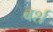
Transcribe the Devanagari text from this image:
बर्श